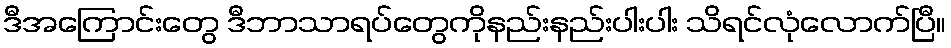
ဒီအကြောင်းတွေ ဒီဘာသာရပ်တွေကိုနည်းနည်းပါးပါး သိရင်လုံလောက်ပြီ။